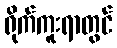
ရိုက်ကူးရာတွင်